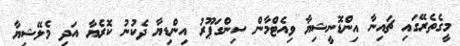
މީގެތެރޭގައި ޗައިނާ އިންޑޮނީޝިޔާ ވިއެޓްމާން ސިންގަޕޫރު އިންޑިޔާ ދެކުނު ކޮރެޔާ އަދި މެލޭޝިޔާ